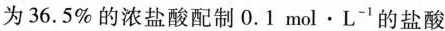
为36.5%的浓盐酸配制0.1mol·L^{-1}的盐酸